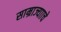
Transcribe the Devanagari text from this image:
साम्राज्यााचे